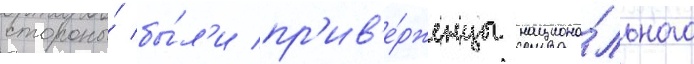
стороны́ бы́л'и пр'ив'е́рженцы национа́льного